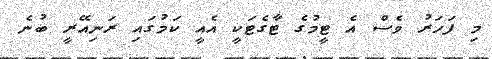
މި ފަހަރު ވެސް އެ ޓީމުގެ ޓާގެޓަކީ އެއީ ކަމުގައި ރަނިއޭރީ ބުނެ